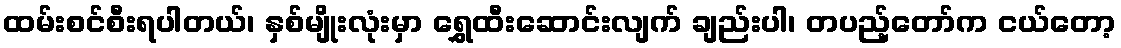
ထမ်းစင်စီးရပါတယ်၊ နှစ်မျိုးလုံးမှာ ရွှေထီးဆောင်းလျက် ချည်းပါ၊ တပည့်တော်က ငယ်တော့